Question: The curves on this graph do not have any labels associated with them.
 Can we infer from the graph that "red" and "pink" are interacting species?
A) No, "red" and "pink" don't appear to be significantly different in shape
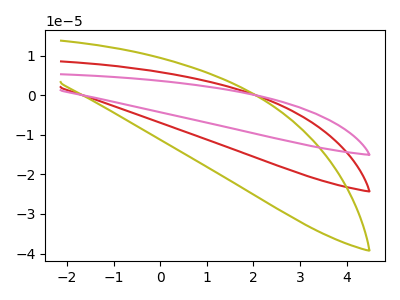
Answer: <think>The red curve "red" has no peaks. The olive curve "olive" has no peaks. The pink curve "pink" has no peaks.
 Neither "red" or "pink" have any peaks.</think>
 <answer>A) No, "red" and "pink" don't appear to be significantly different in shape</answer>
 <eval>A</eval>